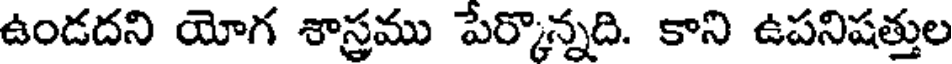
ఉండదని యోగ శాస్రము పేర్కొన్నది. కాని ఉపనిషత్తుల